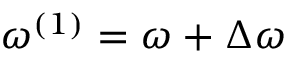
\omega ^ { ( 1 ) } = \omega + \Delta \omega